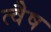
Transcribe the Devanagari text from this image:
त्वैष